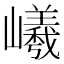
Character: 𡾞